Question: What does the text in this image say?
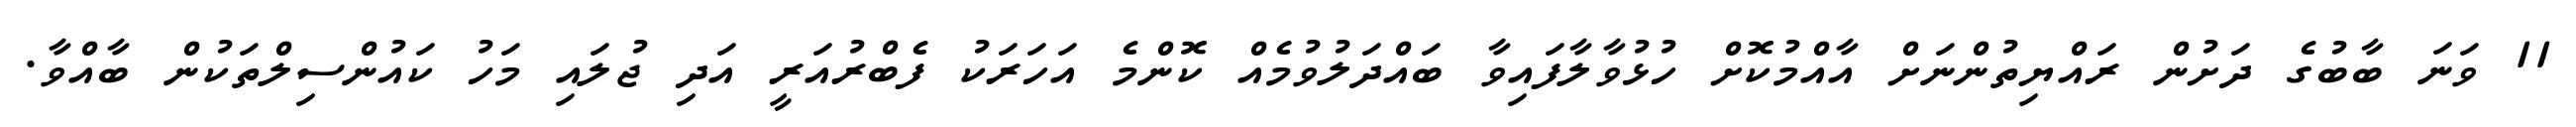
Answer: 11 ވަނަ ބާބުގެ ދަށުން ރައްޔިތުންނަށް އާއްމުކޮށް ހުޅުވާލާފައިވާ ބައްދަލުވުމެއް ކޮންމެ އަހަރަކު ފެބްރުއަރީ އަދި ޖުލައި މަހު ކައުންސިލްތަކުން ބާއްވާ.